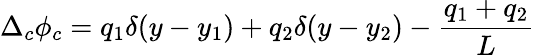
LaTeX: \Delta_{c}\phi_{c}=q_{1}\delta(y-y_{1})+q_{2}\delta(y-y_{2})-\frac{q_{1}+q_{2}}{L}